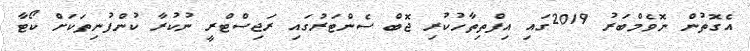
އެގޮތުން ނޮވެމްބަރު 2019ގައި އިފްތިތާހުކުރި ޖޮބް ސެންޓަރުގައި ރަޖިސްޓްރީ ނުކުރާ ކުންފުނިތަކަށް ކޯޓާ